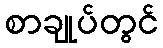
စာချုပ်တွင်